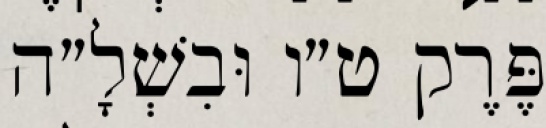
פֶּרֶק ט״ו וּבִשְׁלָ״ה